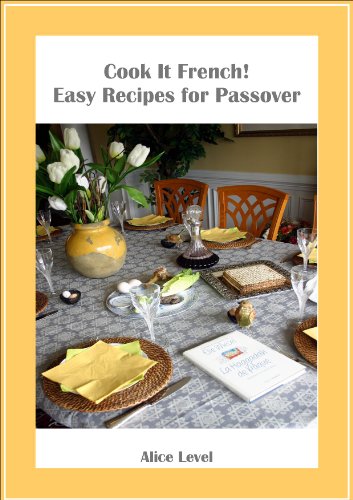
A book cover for Cook It French! Easy Recipes for Passover; Alice Level; Cookbooks, Food & Wine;